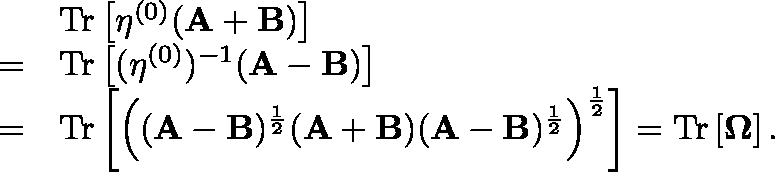
\begin{array} { r l } & { \mathrm { T r } \left[ \mathbf { \eta } ^ { ( 0 ) } ( \mathbf { A + B } ) \right] } \\ { = } & { \mathrm { T r } \left[ ( \mathbf { \eta } ^ { ( 0 ) } ) ^ { - 1 } ( \mathbf { A - B } ) \right] } \\ { = } & { \mathrm { T r } \left[ \left( ( \mathbf { A - B } ) ^ { \frac { 1 } { 2 } } ( \mathbf { A + B } ) ( \mathbf { A - B } ) ^ { \frac { 1 } { 2 } } \right) ^ { \frac { 1 } { 2 } } \right] = \mathrm { T r } \left[ \mathbf { \Omega } \right] . } \end{array}